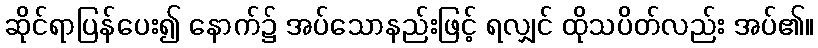
ဆိုင်ရာပြန်ပေး၍ နောက်၌ အပ်သောနည်းဖြင့် ရလျှင် ထိုသပိတ်လည်း အပ်၏။